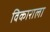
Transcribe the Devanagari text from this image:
विकाराला